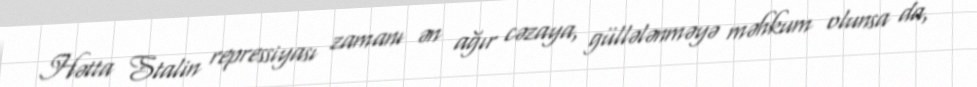
Hətta Stalin repressiyası zamanı ən ağır cəzaya, güllələnməyə məhkum olunsa da,